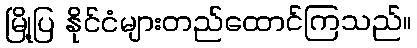
မြို့ပြ နိုင်ငံများတည်ထောင်ကြသည်။